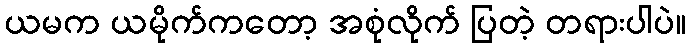
ယမက ယမိုက်ကတော့ အစုံလိုက် ပြတဲ့ တရားပါပဲ။